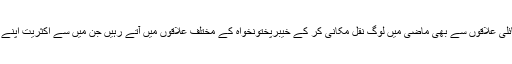
پاکستان کے بعض دوسرے قبائلی علاقوں سے بھی ماضی میں لوگ نقل مکانی کر کے خیبرپختونخواہ کے مختلف علاقوں میں آتے رہیں جن میں سے اکثریت اپنے علاقوں کو واپس جا چکی ہے۔